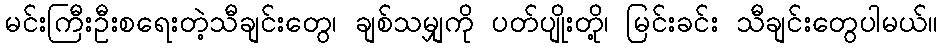
မင်းကြီးဦးစရေးတဲ့သီချင်းတွေ၊ ချစ်သမျှကို ပတ်ပျိုးတို့၊ မြင်းခင်း သီချင်းတွေပါမယ်။